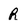
Character: r